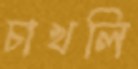
চাখলি